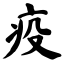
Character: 疫